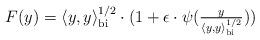
LaTeX: \begin{align*}F(y)=\langle y,y\rangle_{\mathrm{bi}}^{1/2}\cdot(1+\epsilon\cdot\psi(\tfrac{y}{\langle y,y\rangle_{\mathrm{bi}}^{1/2}}))\end{align*}